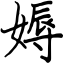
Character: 媷